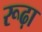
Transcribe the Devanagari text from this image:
रूढ़ा